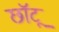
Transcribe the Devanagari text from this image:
छॉटू